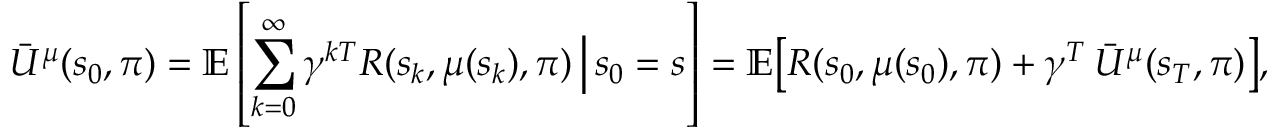
\bar { U } ^ { \mu } ( s _ { 0 } , \boldsymbol { \pi } ) = \mathbb { E } \left[ \sum _ { k = 0 } ^ { \infty } \gamma ^ { k T } R ( s _ { k } , \mu ( s _ { k } ) , \boldsymbol { \pi } ) \, \Bigr | \, s _ { 0 } = s \right] = \mathbb { E } \bigl [ R ( s _ { 0 } , \mu ( s _ { 0 } ) , \boldsymbol { \pi } ) + \gamma ^ { T } \, \bar { U } ^ { \mu } ( s _ { T } , \boldsymbol { \pi } ) \bigr ] ,